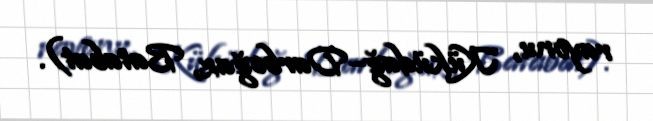
rayonu, Küküdağ–Darboğaz, Batabat).